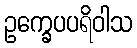
ဥက္ခေပပရိဝါသ